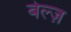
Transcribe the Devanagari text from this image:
बेल्ज़